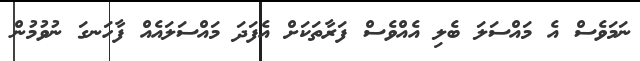
ނަމަވެސް އެ މައްސަލަ ބެލި އެއްވެސް ފަރާތަކަށް އެފަދަ މައްސަލައެއް ފާހަނގަ ނުވުމުން